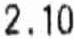
2.10